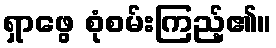
ရှာဖွေ စုံစမ်းကြည့်၏။